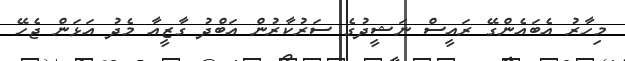
މިހާރު އެބައެންގޭ ރައީސް ނަޝީދުގެ ސަރުކާރުން އަބްދު ގާޒީއާ މެދު އަޅަން ޖެހޭ